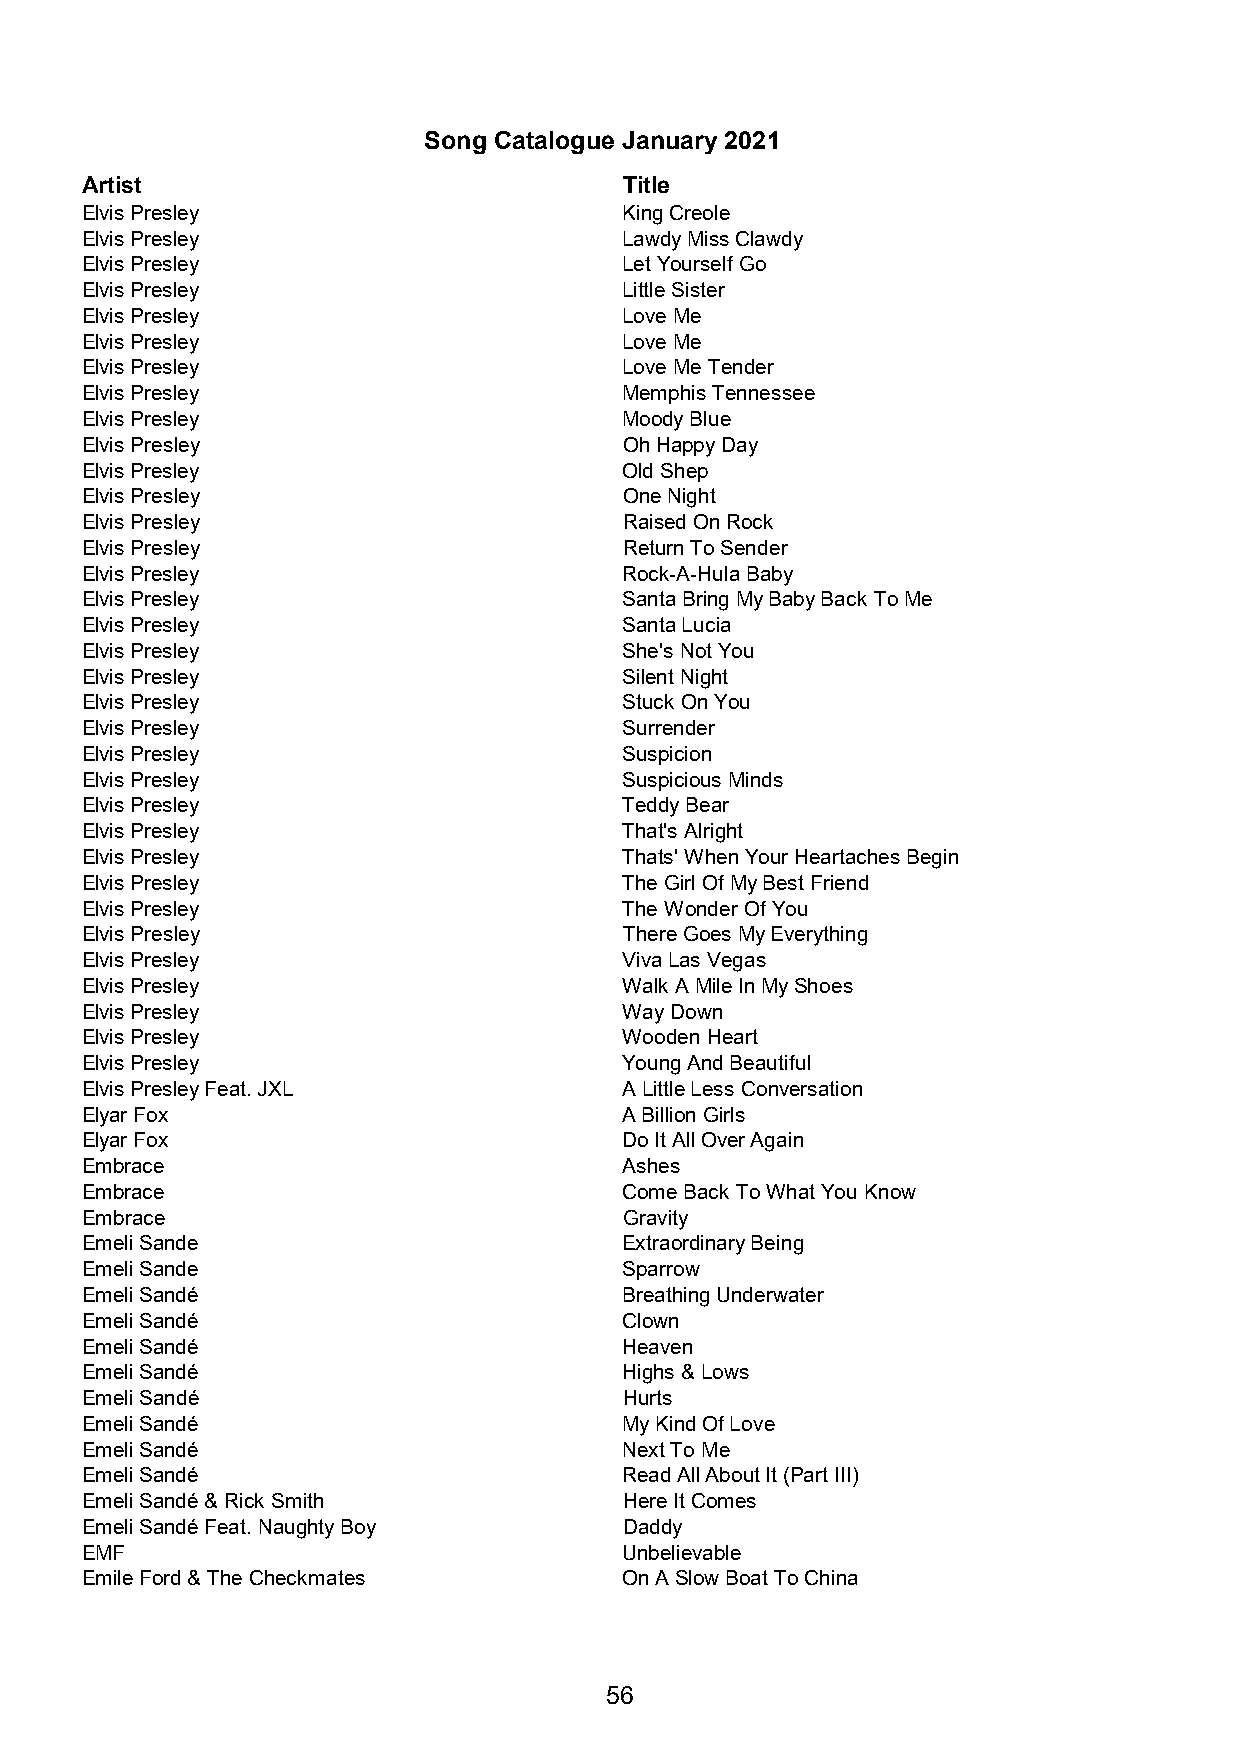
Song Catalogue January 2021
 Artist                              Title
 Elvis Presley                       King Creole
 Elvis Presley                       Lawdy Miss Clawdy
 Elvis Presley                       Let Yourself Go
 Elvis Presley                       Little Sister
 Elvis Presley                       Love Me
 Elvis Presley                       Love Me
 Elvis Presley                       Love Me Tender
 Elvis Presley                       Memphis Tennessee
 Elvis Presley                       Moody Blue
 Elvis Presley                       Oh Happy Day
 Elvis Presley                       Old Shep
 Elvis Presley                       One Night
 Elvis Presley                       Raised On Rock
 Elvis Presley                       Return To Sender
 Elvis Presley                       Rock-A-Hula Baby
 Elvis Presley                       Santa Bring My Baby Back To Me
 Elvis Presley                       Santa Lucia
 Elvis Presley                       She's Not You
 Elvis Presley                       Silent Night
 Elvis Presley                       Stuck On You
 Elvis Presley                       Surrender
 Elvis Presley                       Suspicion
 Elvis Presley                       Suspicious Minds
 Elvis Presley                       Teddy Bear
 Elvis Presley                       That's Alright
 Elvis Presley                       Thats' When Your Heartaches Begin
 Elvis Presley                       The Girl Of My Best Friend
 Elvis Presley                       The Wonder Of You
 Elvis Presley                       There Goes My Everything
 Elvis Presley                       Viva Las Vegas
 Elvis Presley                       Walk A Mile In My Shoes
 Elvis Presley                       Way Down
 Elvis Presley                       Wooden Heart
 Elvis Presley                       Young And Beautiful
 Elvis Presley Feat. JXL             A Little Less Conversation
 Elyar Fox                           A Billion Girls
 Elyar Fox                           Do It All Over Again
 Embrace                             Ashes
 Embrace                             Come Back To What You Know
 Embrace                             Gravity
 Emeli Sande                         Extraordinary Being
 Emeli Sande                         Sparrow
 Emeli Sandé                         Breathing Underwater
 Emeli Sandé                         Clown
 Emeli Sandé                         Heaven
 Emeli Sandé                         Highs & Lows
 Emeli Sandé                         Hurts
 Emeli Sandé                         My Kind Of Love
 Emeli Sandé                         Next To Me
 Emeli Sandé                         Read All About It (Part III)
 Emeli Sandé & Rick Smith            Here It Comes
 Emeli Sandé Feat. Naughty Boy       Daddy
 EMF                                 Unbelievable
 Emile Ford & The Checkmates         On A Slow Boat To China
 56